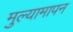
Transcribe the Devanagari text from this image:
मुल्यामापन